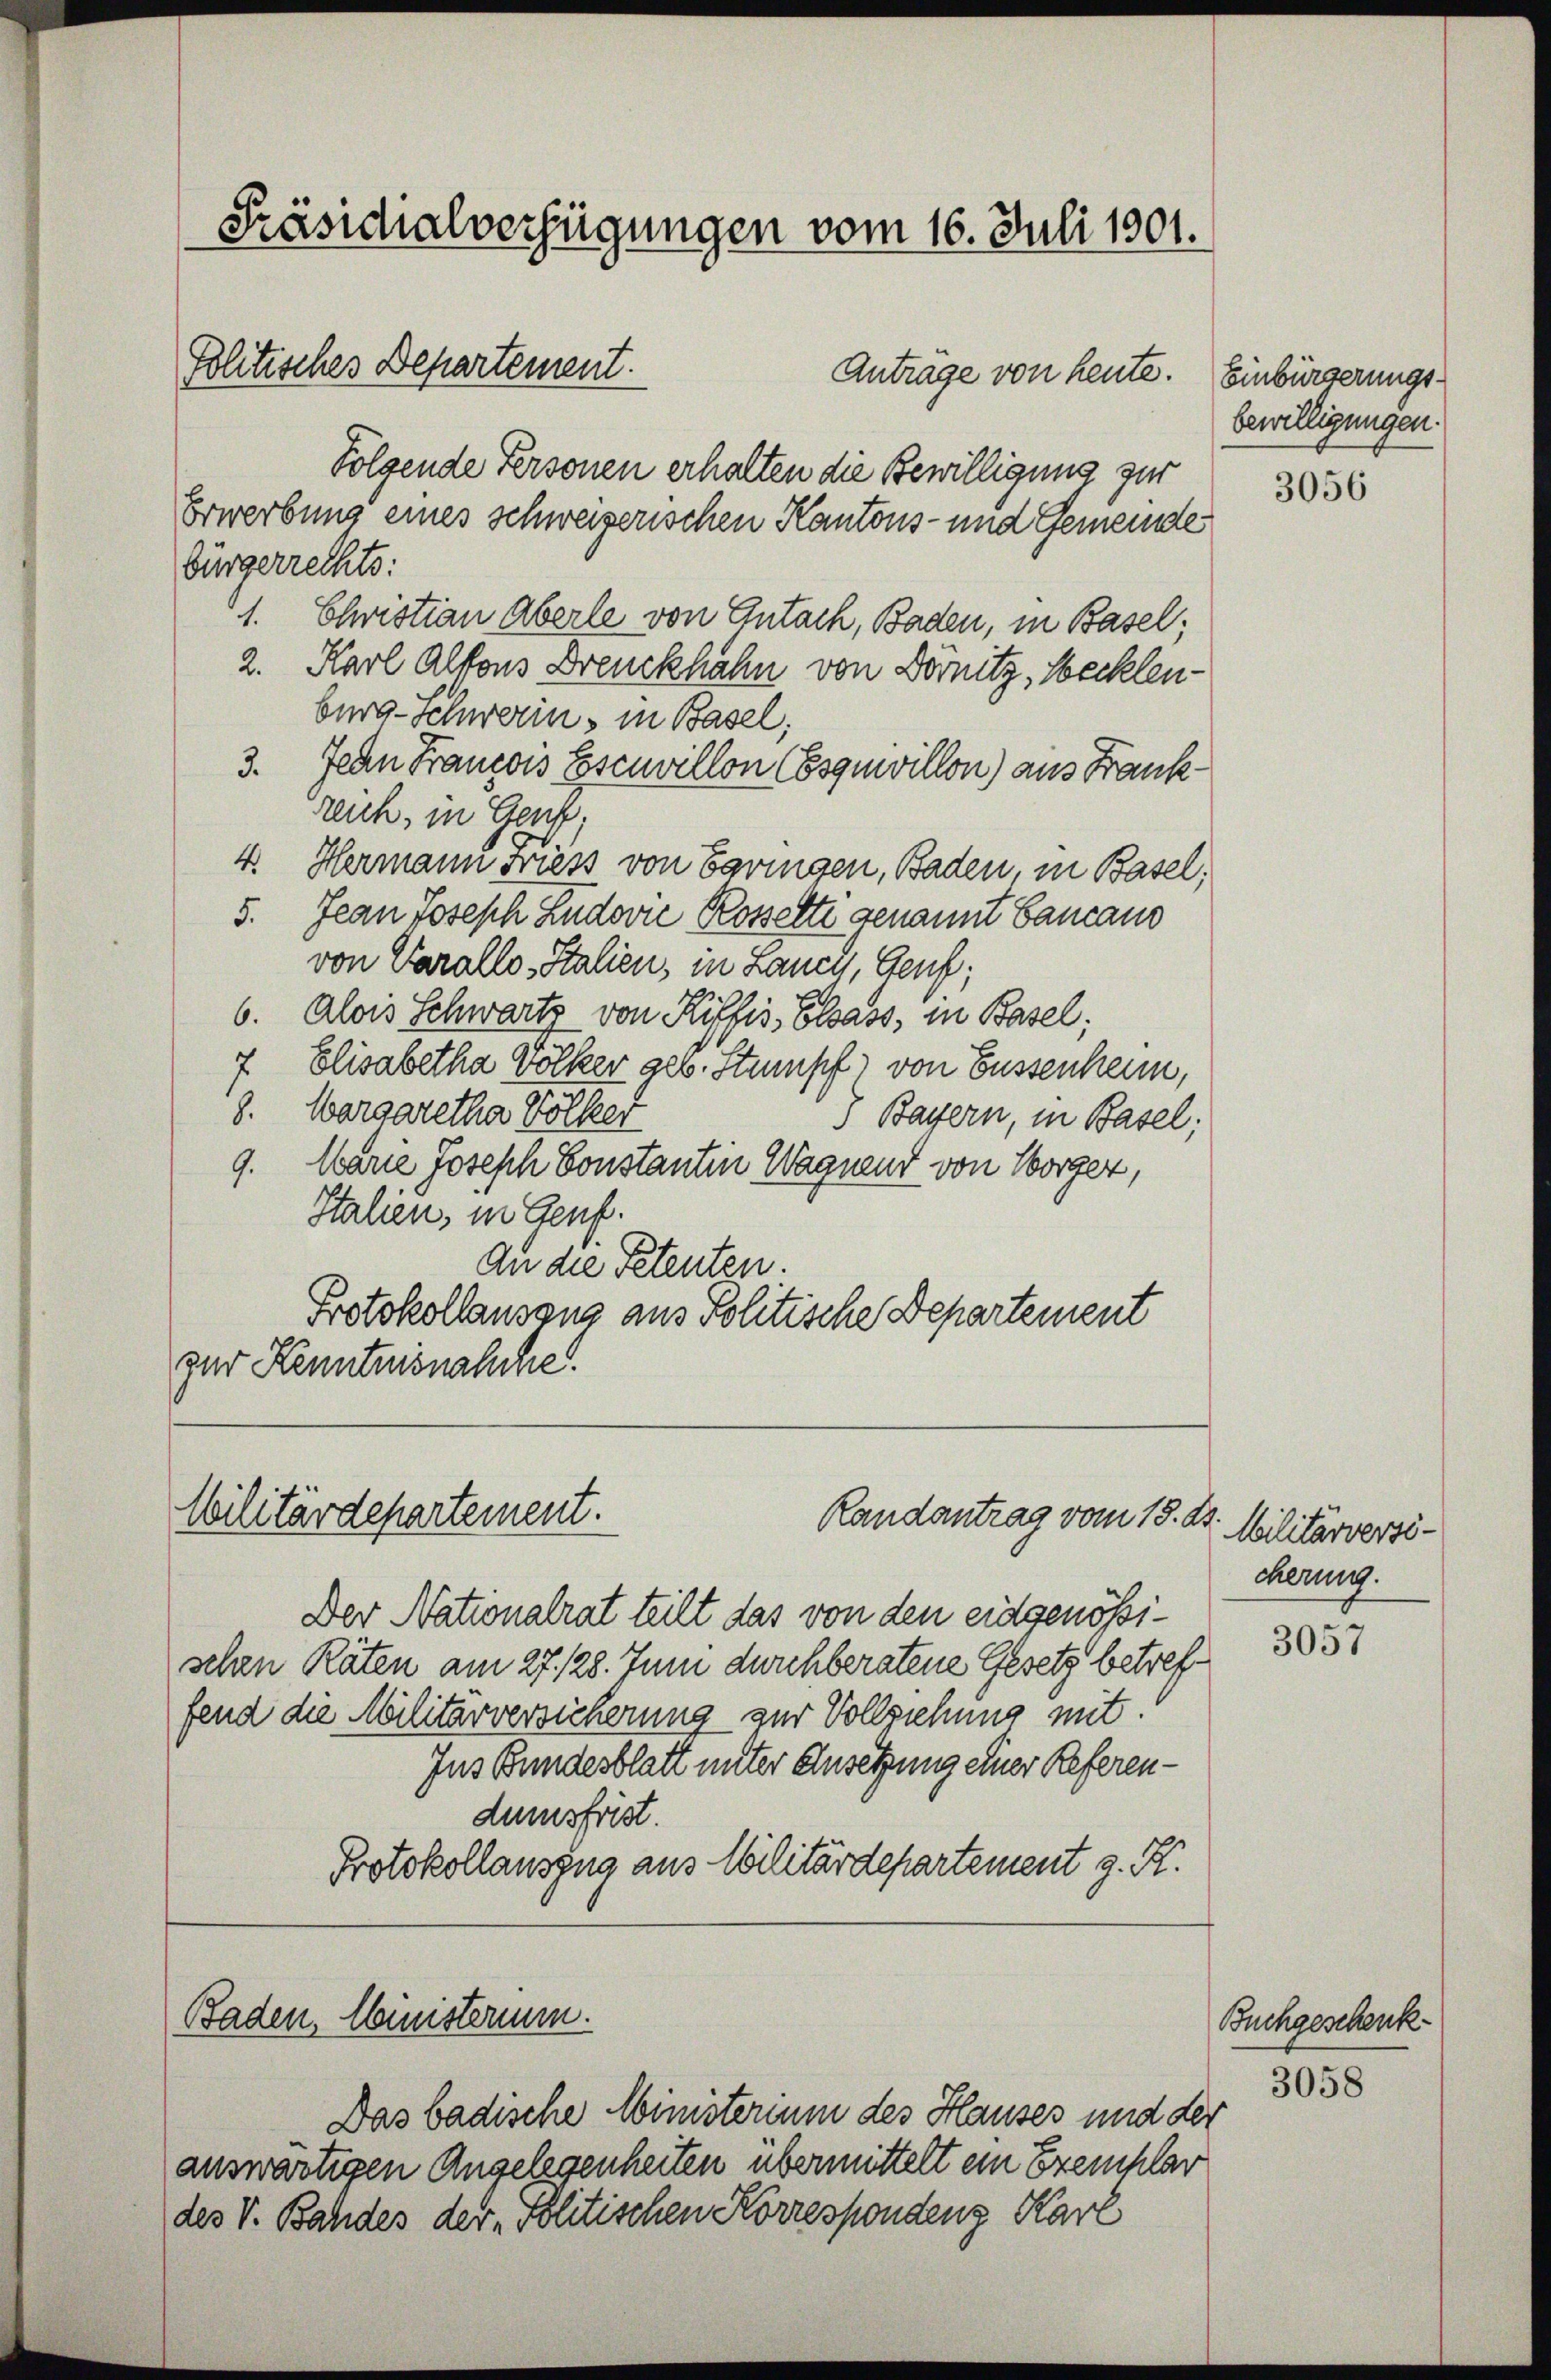
Folgende Personen erhalten die Bewilligung zur
Erwerbung eines schweizerischen Kantons- und Gemeinde
bürgerrechts:
1. Christian Aberle von Gutach, Baden, in Basel;
2. Karl Alfons Dreuckhahn von Dörnitz, Mecklenburg-Schwerin, in Basel;
3. Jean Francois Escuvillon (Esquvillon) aus Frankreich, in Genf,
4. Hermann Friess von Savingen, Baden, in Basel;
5. Jean Joseph Ludović Rosselte genannt bancano
von Varallo-Italien, in Lancy, Genf;
6. Alois Schwartz von Riffes, Elsass, in Basel;
7 Elisabetha Völker geb. Stumpf von Bussenheim,
8. Margaretha Völker
3 Bayern, in Basel;
9. Warte Joseph Sonstantin Wagnend von Sorger,
Italien, in Genf.
An die Petenten.
Protokollauszug aus Politische Departement
zur Kenntnisnalche

Präsidialverfügungen vom 16. Juli 1801.

Politisches Departement.

Wilitärdepartement.
Randantrag vom 18. ds

Der Nationalrat teilt das von den eidgenößischen Räten am 27. 128. Juni durchberatene Gesetz betreffend die Militärversicherung zur Vollziehung mit.
Ins Bundesblatt unter Ansetzung einer Referendumsfrist.
Protokollauszug aus Militärdepartement z. K.

Baden, Ministerium.

Antrage von heute. Einbürgerungs¬

Das badische Mimsterium des Hauses und der
auswärtigen Angelegenheiten übermittelt ein Exemplar
des V. Bandes der Politischen Korrespondenz Karl

bewilligungen.

3056

Militärversicherung.

3057

Buchgeschenk
3058